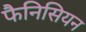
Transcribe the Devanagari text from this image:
फैनिसियन